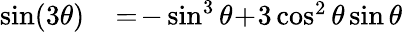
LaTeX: \begin{array}{rl}{\sin(3\theta)\! }&{{}=\! -\sin^{3}\theta\! +\! 3\cos^{2}\theta\sin\theta}\end{array}